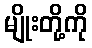
မျိုးတို့ကို